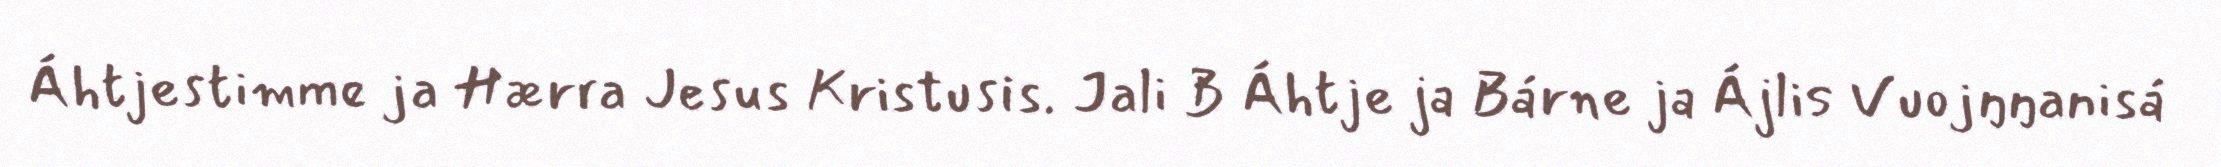
Áhtjestimme ja Hærra Jesus Kristusis. Jali B Áhtje ja Bárne ja Ájlis Vuojŋŋanisá